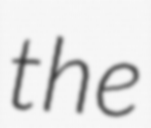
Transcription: the